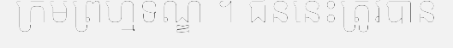
ក្រមព្រហ្មទណ្ឌ ។ ជននេះត្រូវបាន